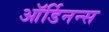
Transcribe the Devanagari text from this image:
ऑर्डिनन्स